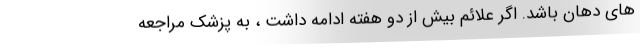
های دهان باشد. اگر علائم بیش از دو هفته ادامه داشت ، به پزشک مراجعه